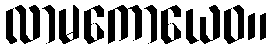
လာမကောယေဝ။